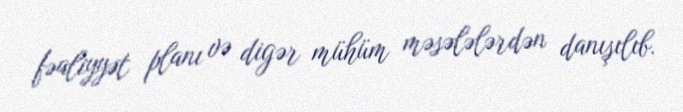
fəaliyyət planı və digər mühüm məsələlərdən danışılıb.